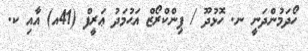
ހޯދަމުންދަނީ ނ. ހޮޅުދޫ / ޕިންކްރޯޒް އަޙުމަދު ޢަރީފް (41އ) އާއި ކ.